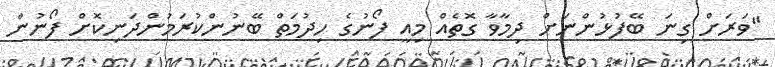
"ވަރަށް ގިނަ ބޭފުޅުންނަށް ދިމާވާ ގޮތެއް މިއީ ފޯނުގެ ހިދުމަތް ބޭނުންކުރަމުންދަނިކޮށް ފޯނުން